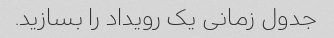
جدول زمانی یک رویداد را بسازید.